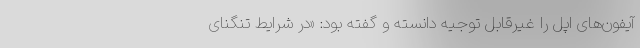
آیفون‌های اپل را غیرقابل توجیه دانسته و گفته بود: «در شرایط تنگنای